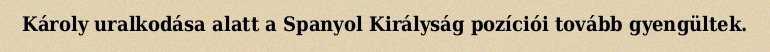
Károly uralkodása alatt a Spanyol Királyság pozíciói tovább gyengültek.